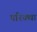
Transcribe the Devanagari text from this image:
परिक्खा